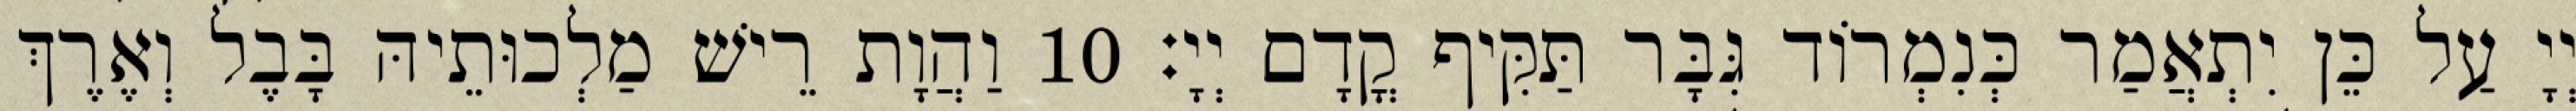
יְיָ עַל כֵּן יִתְאֲמַר כְּנִמְרוֹד גִּבָּר תַּקִּיף קֳדָם יְיָ׃ 10 וַהֲוָת רֵישׁ מַלְכוּתֵיהּ בָּבֶל וְאֶרֶךְ